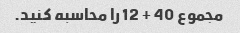
مجموع 40 + 12 را محاسبه کنید.